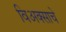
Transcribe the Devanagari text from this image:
विअक्साचे